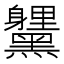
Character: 𮮞